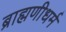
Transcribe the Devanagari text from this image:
ब्राह्मणीधर्म